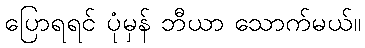
ပြောရရင် ပုံမှန် ဘီယာ သောက်မယ်။